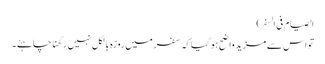
الصیام فی السفر)
تو اس سے مزید واضح ہوگیاکہ سفر میں روزہ بالکل نہیں رکھنا چاہئے۔